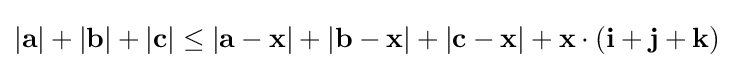
|\mathbf {a} |+|\mathbf {b} |+|\mathbf {c} |\leq |\mathbf {a} -\mathbf {x} |+|\mathbf {b} -\mathbf {x} |+|\mathbf {c} -\mathbf {x} |+\mathbf {x} \cdot (\mathbf {i} +\mathbf {j} +\mathbf {k} )